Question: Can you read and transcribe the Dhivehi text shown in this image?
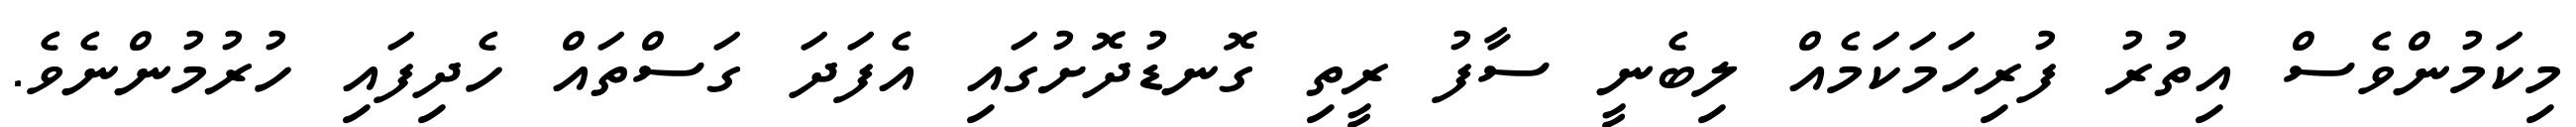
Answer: މިކަމުންވެސް އިތުރު ފުރިހަމަކަމެއް ލިބެނީ ސާފު ރީތި ގޮނޑުދޮށުގައި އެފަދަ ގަސްތައް ހެދިފައި ހުރުމުންނެވެ.